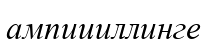
ампициллинге